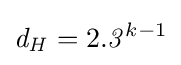
{\mathit {d_{H}}}=2.{\mathit {3}}^{k-1}